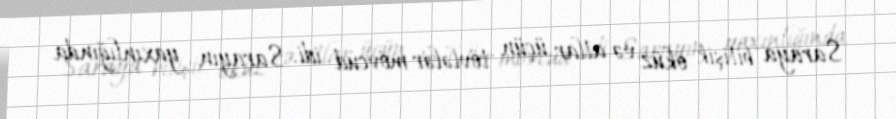
Saraya bitişik öküz və atlar üçün tövlələr mövcud idi. Sarayın yaxınlığında